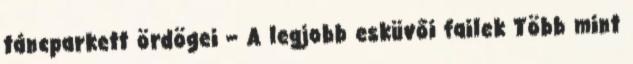
táncparkett ördögei – A legjobb esküvői failek Több mint